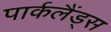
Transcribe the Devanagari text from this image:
पार्कलैंड्स